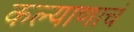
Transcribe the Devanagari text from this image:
कल्याणाचं